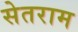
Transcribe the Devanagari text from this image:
सेतराम